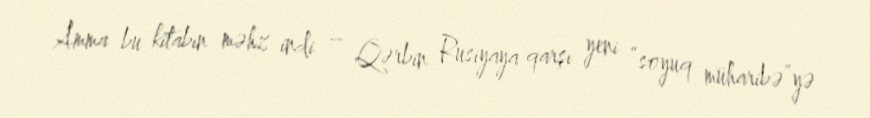
Amma bu kitabın məhz indi – Qərbin Rusiyaya qarşı yeni “soyuq müharibə”yə